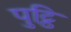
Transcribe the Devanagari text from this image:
पुट्ठि